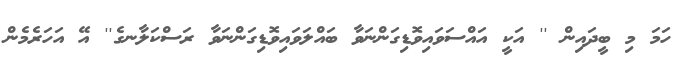
ހަމަ މި ބީދައިން '' އަކީ އައްސަވައިވޮޑިގަންނަވާ ބައްލަވައިވޮޑިގަންނަވާ ރަސްކަލާނގެ'' އޭ އަހަރެމެން